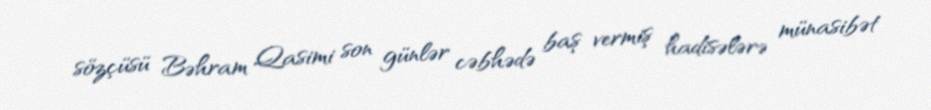
sözçüsü Bəhram Qasimi son günlər cəbhədə baş vermiş hadisələrə münasibət